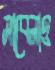
সাবেলাও